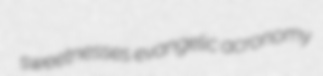
sweetnesses evangelic acronomy